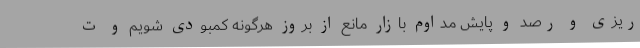
ریزی و رصد و پایش مداوم بازار مانع از بروز هرگونه کمبودی شویم و ت